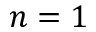
n = 1